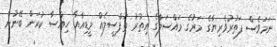
ނަމަވެސް ފަތުރުވެރިޔާގެ މަރުގެ މައްސަލާގެ އިތުރު ތަފްސީލެއް މީޑިއާއާ ހިއްސާ ކުރަން ބޭނުން